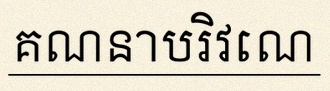
គណនាបរិវេណ